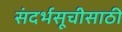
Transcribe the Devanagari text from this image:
संदर्भसूचीसाठी